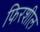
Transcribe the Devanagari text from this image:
फिरशील